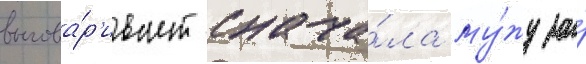
выгова́р'ивает снача́ла му́жу за́